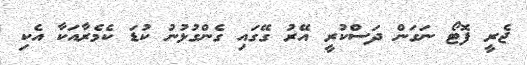
ޖެރީ ފޮޓޯ ނަގަން ދަސްކުރީ އޭރު ގޭގައި ގެންގުޅުނު ކުޑަ ކެމެރާއަކާ އެކި